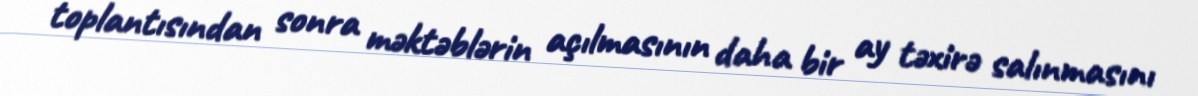
toplantısından sonra məktəblərin açılmasının daha bir ay təxirə salınmasını